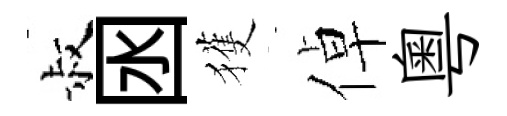
叔囦獲倬粤